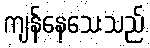
ကျန်နေသေးသည်